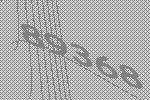
89368